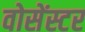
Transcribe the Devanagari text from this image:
वोसेंस्टर